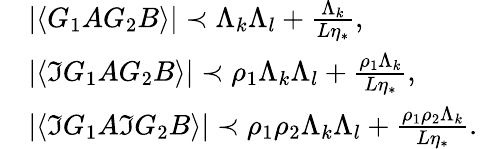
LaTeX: \begin{array}{rl}&{\left|\langle G_{1}AG_{2}B\rangle\right|\prec\Lambda_{k}\Lambda_{l}+\frac{\Lambda_{k}}{L\eta_{*}},\, }\\ &{\left|\langle\Im G_{1}AG_{2}B\rangle\right|\prec\rho_{1}\Lambda_{k}\Lambda_{l}+\frac{\rho_{1}\Lambda_{k}}{L\eta_{*}},\, }\\ &{\left|\langle\Im G_{1}A\Im G_{2}B\rangle\right|\prec\rho_{1}\rho_{2}\Lambda_{k}\Lambda_{l}+\frac{\rho_{1}\rho_{2}\Lambda_{k}}{L\eta_{*}}.\, }\end{array}